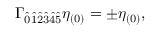
\Gamma _ { \hat { 0 } \hat { 1 } \hat { 2 } \hat { 3 } \hat { 4 } \hat { 5 } } \eta _ { ( 0 ) } = \pm \eta _ { ( 0 ) } ,